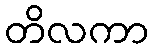
တိလကာ